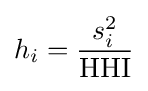
h_{i}={\frac {s_{i}^{2}}{\text{HHI}}}